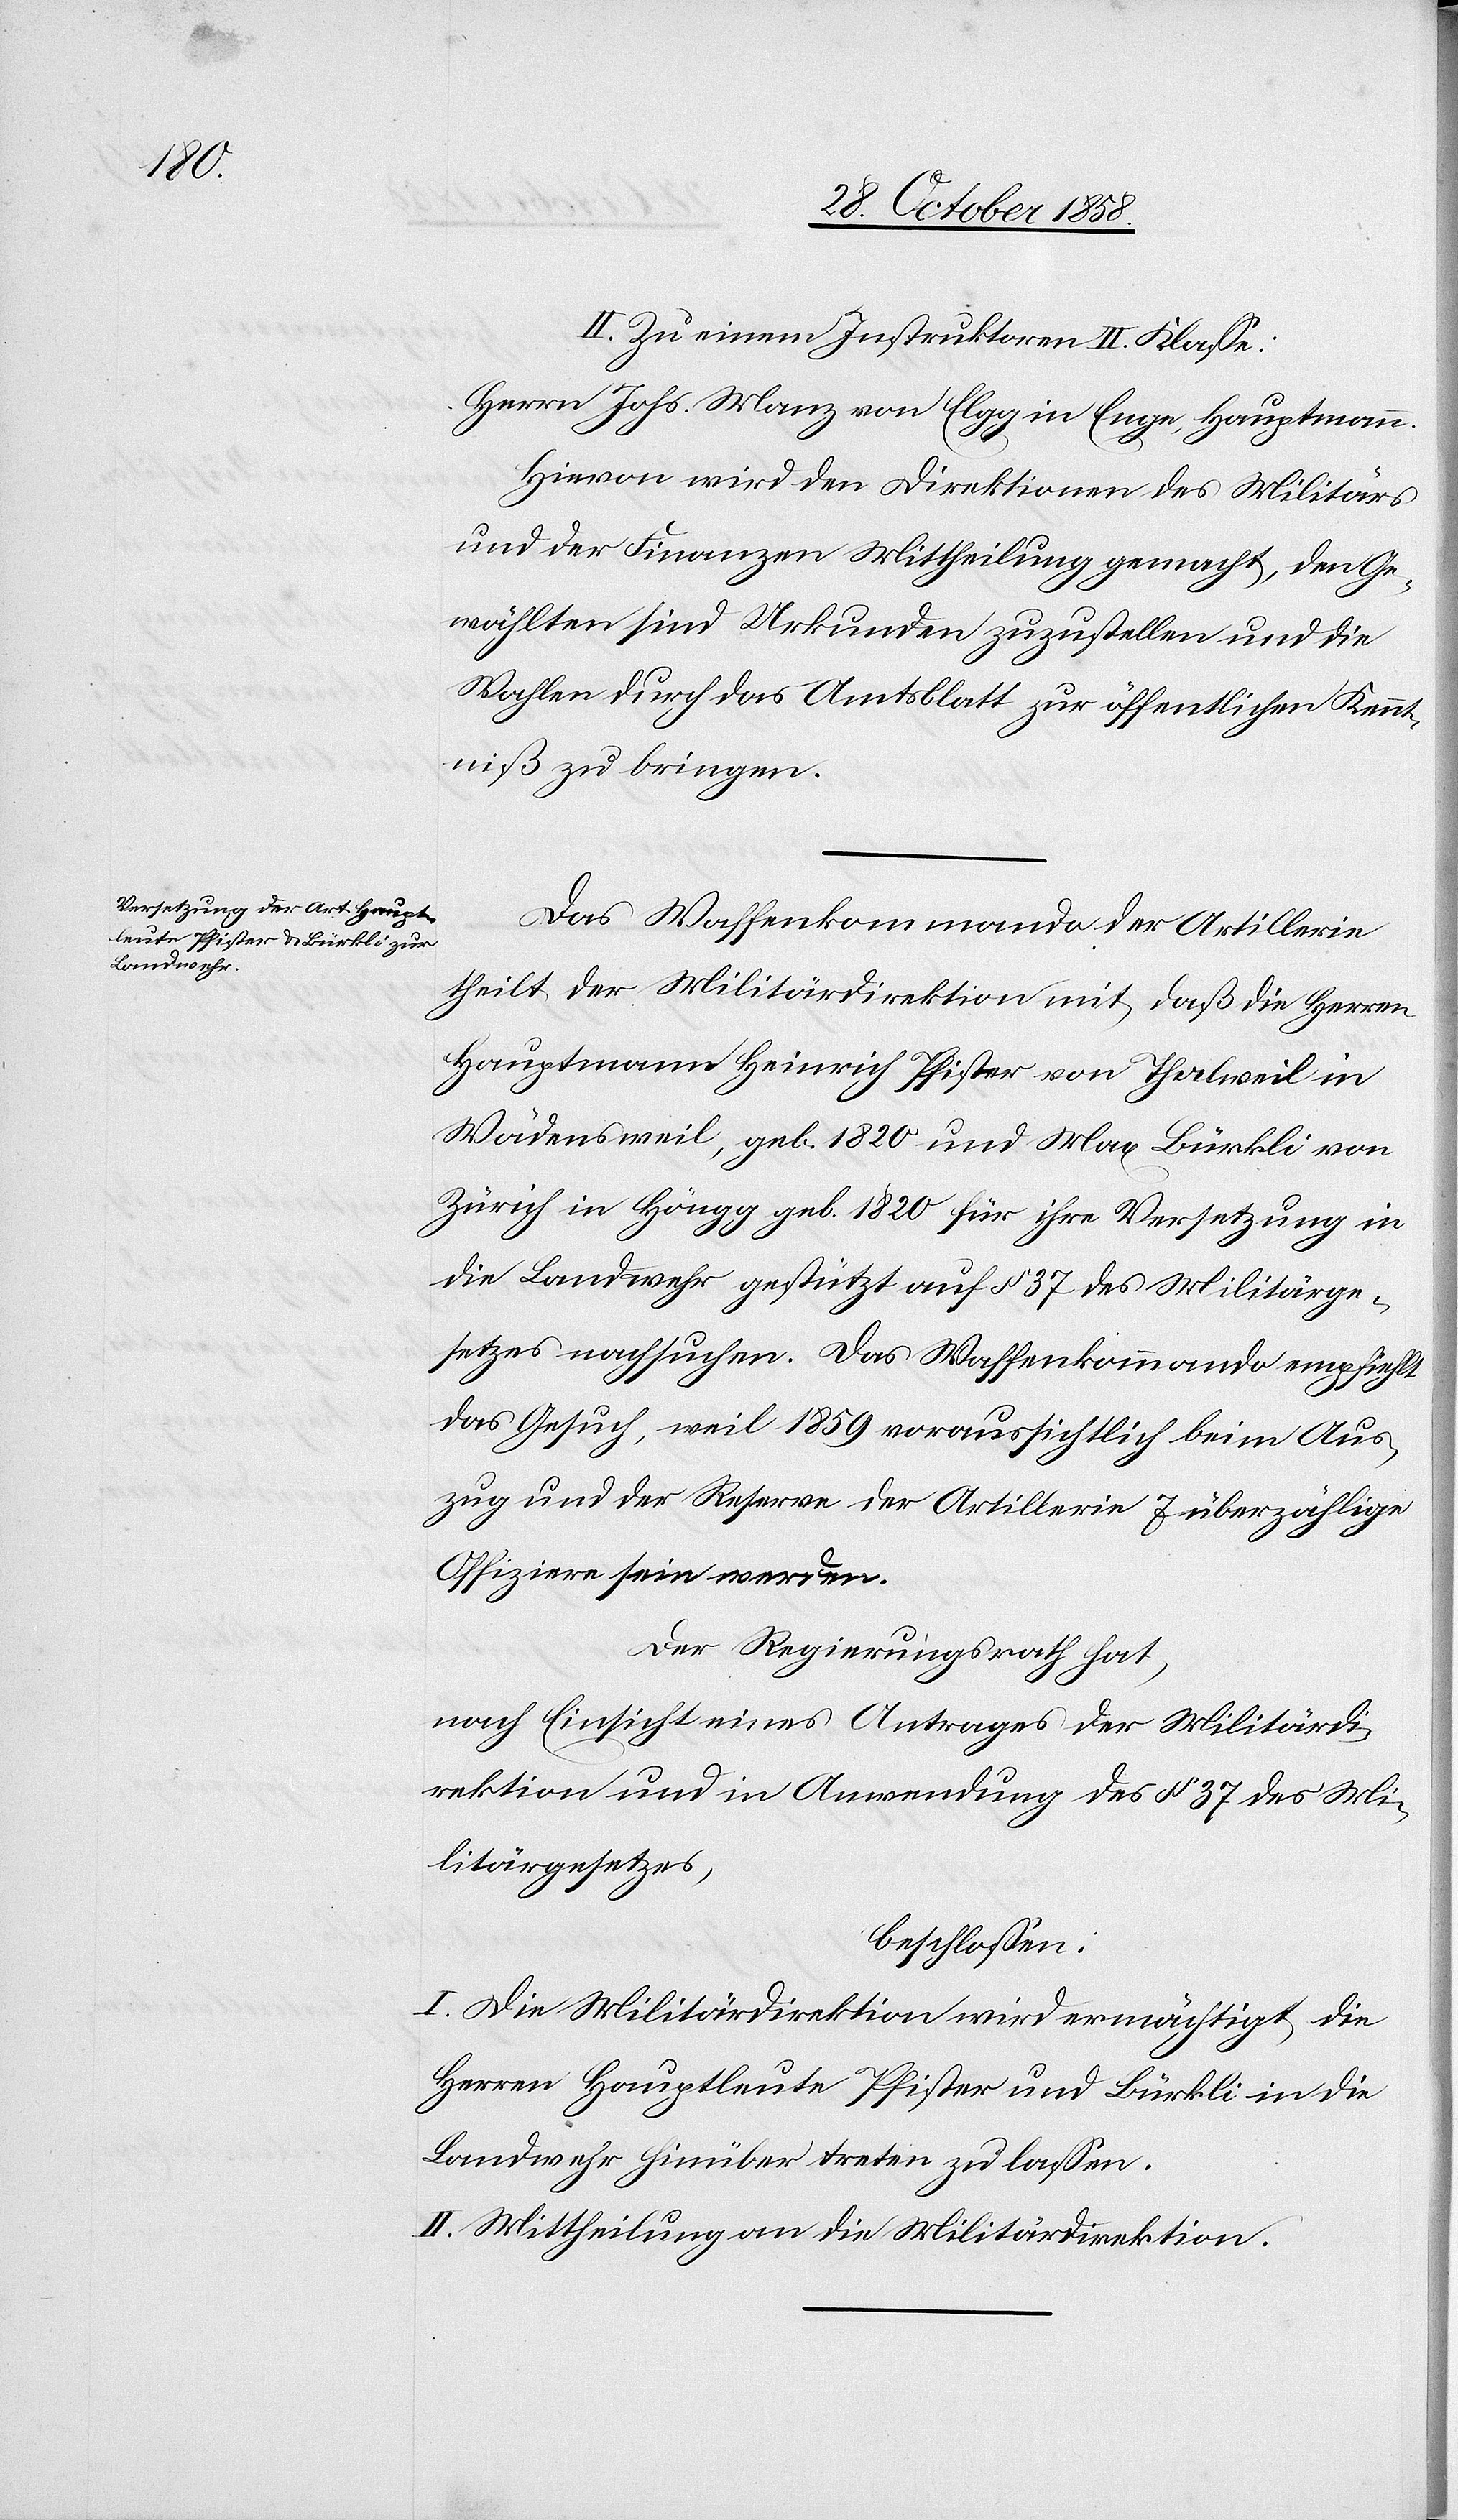
II. Zu einem Instruktoren II. Klasse:
Herrn Johs. Manz von Elgg in Enge, Hauptmann.
Hievon wird den Direktionen des Militärs
und der Finanzen Mittheilung gemacht, den Ge¬
wählten sind Urkunden zuzustellen und die
Wahlen durch das Amtsblatt zur öffentlichen Kennt¬
niß zu bringen.
Das Waffenkommando der Artillerie
theilt der Militärdirektion mit, daß die Herren
Hauptmann Heinrich Pfister von Thalweil in
Wädensweil, geb. 1820 und Max Bürkli von
Zürich in Höngg geb. 1820 für ihre Versetzung in
die Landwehr gestützt auf § 37 des Militärge¬
setzes nachsuchen. Das Waffenkommando empfiehlt
das Gesuch, weil 1859 voraussichtlich beim Aus¬
zug und der Reserve der Artillerie 7 überzählige
Offiziere sein werden.
Der Regierungsrath hat,
nach Einsicht eines Antrages der Militärdi¬
rektion und in Anwendung des § 37 des Mi¬
litärgesetzes,
beschlossen:
I. Die Militärdirektion wird ermächtigt, die
Herren Hauptleute Pfister und Bürkli in die
Landwehr hinüber treten zu lassen.
II. Mittheilung an die Militärdirektion.